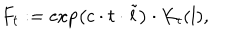
F _ { t } : = \exp \left( c \cdot t \cdot \tilde { l } \right) \cdot K _ { t } ( l ) ,